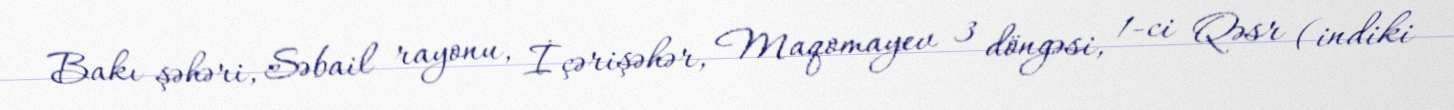
Bakı şəhəri, Səbail rayonu, İçərişəhər, Maqomayev 3 döngəsi, 1-ci Qəsr (indiki